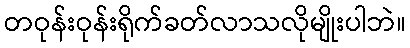
တဝုန်းဝုန်းရိုက်ခတ်လာသလိုမျိုးပါဘဲ။